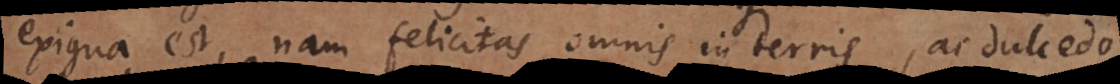
exigua est, nam felicitas omnis in terris, ac dulcedo